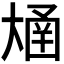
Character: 𫯴